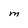
Character: M